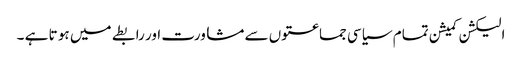
الیکشن کمیشن تمام سیاسی جماعتوں سے مشاورت اور رابطے میں ہو تا ہے ۔